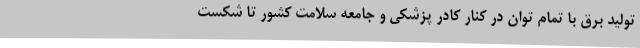
تولید برق با تمام توان در کنار کادر پزشکی و جامعه سلامت کشور تا شکست